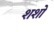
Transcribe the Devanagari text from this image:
शशो